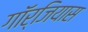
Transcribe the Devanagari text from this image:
गॉर्जियास